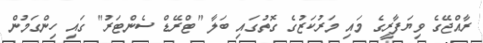
ރާއްޖޭގެ ވިޔަފާރީގެ މައި މަރުކަޒުގެ ގޮތުގައި ބަލާ "ޓްރޭޑް ސެންޓަރު" ގައި ހިންގަމުން